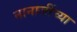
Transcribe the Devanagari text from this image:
नानाजींच्या